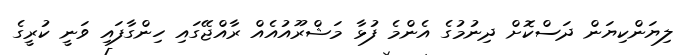
ލިޔަންކިޔަން ދަސްކޮށް ދިނުމުގެ އެންމެ ފުޅާ މަޝްރޫއުއެއް ރާއްޖޭގައި ހިންގާފައި ވަނީ ކުރީގެ